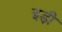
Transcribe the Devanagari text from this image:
इड़ी